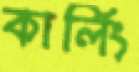
কার্লিং